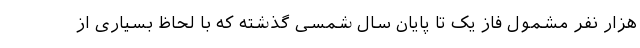
هزار نفر مشمول فاز یک تا پایان سال شمسی گذشته که با لحاظ بسیاری از